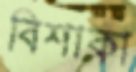
বিশাকা